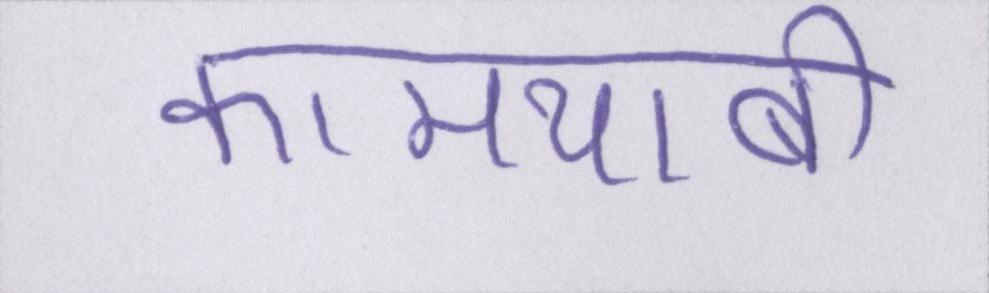
कामयाबी